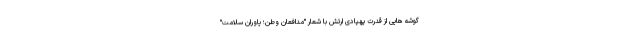
گوشه هایی از قدرت پهپادی ارتش با شعار "مدافعان وطن؛ یاوران سلامت"